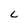
Character: C